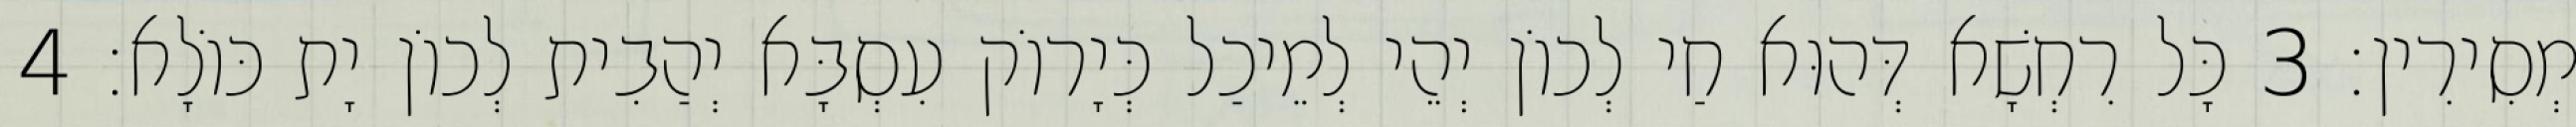
מְסִירִין׃ 3 כָּל רִחְשָׁא דְּהוּא חַי לְכוֹן יְהֵי לְמֵיכַל כְּיָרוֹק עִסְבָּא יְהַבִית לְכוֹן יָת כּוֹלָא׃ 4